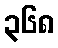
၃၆၈